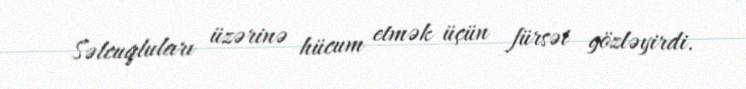
Səlcuqluları üzərinə hücum etmək üçün fürsət gözləyirdi.